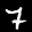
Label: 7